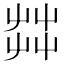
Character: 茻